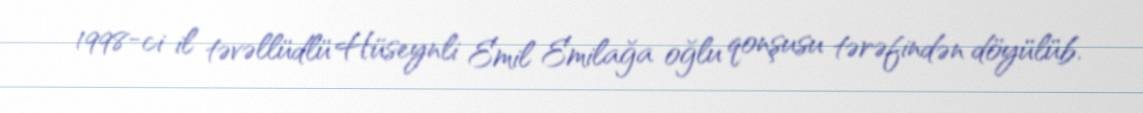
1998-ci il təvəllüdlü Hüseynli Emil Emilağa oğlu qonşusu tərəfindən döyülüb.